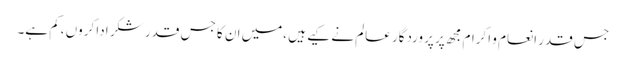
جس قدر انعام و اکرام مجھ پر پروردگار عالم نے کیے ہیں ،میں ان کا جس قدر شکر ادا کروں ،کم ہے۔